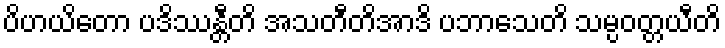
ပိဟယိတော ပဒိဿန္တီတိ အသတီတိအာဒိ ပဘာသေတိ သမ္ပဝတ္တယီတိ